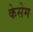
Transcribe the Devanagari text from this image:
केसेम